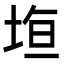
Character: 𭎤